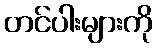
တင်ပါးများကို